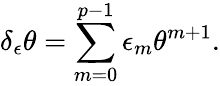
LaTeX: \delta_{\epsilon}\theta=\sum_{m=0}^{p-1}\epsilon_{m}\theta^{m+1}.